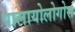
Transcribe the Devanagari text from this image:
पालायोलोगोस